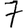
Digit: 7